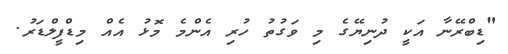
"ޑިބްރޭނާ އަކީ ދުނިޔޭގެ މި ވަގުތު ހުރި އެންމެ މޮޅު އެއް މިޑްފީލްޑަރު.